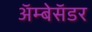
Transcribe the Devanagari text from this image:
अॅम्बेसॅडर